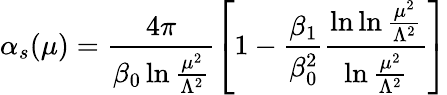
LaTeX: \alpha_{s}(\mu)=\frac{4\pi}{\beta_{0}\ln\frac{\mu^{2}}{\Lambda^{2}}}\left[1-\frac{\beta_{1}}{\beta_{0}^{2}}\frac{\ln\ln\frac{\mu^{2}}{\Lambda^{2}}}{\ln\frac{\mu^{2}}{\Lambda^{2}}}\right]